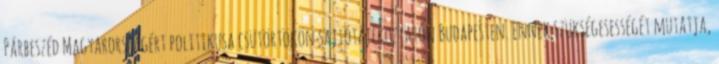
Párbeszéd Magyarországért politikusa csütörtökön sajtótájékoztatón Budapesten. Ennek szükségesességét mutatja,